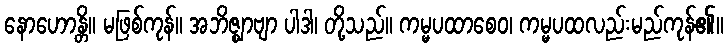
နောဟောန္တိ။ မဖြစ်ကုန်။ အဘိဇ္ဈာဗျာ ပါဒါ၊ တို့သည်။ ကမ္မပထာစေဝ၊ ကမ္မပထလည်းမည်ကုန်၏။